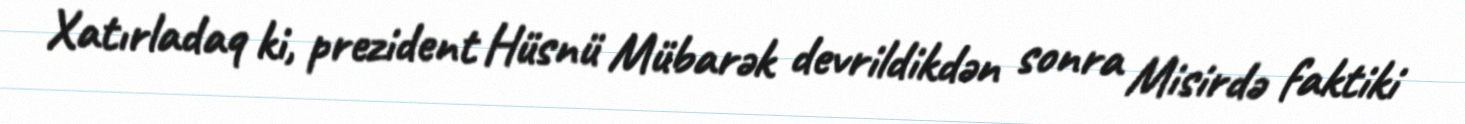
Xatırladaq ki, prezident Hüsnü Mübarək devrildikdən sonra Misirdə faktiki